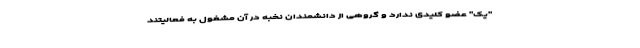
"یک" عضو کلیدی ندارد و گروهی از دانشمندان نخبه در آن مشغول به فعالیتند